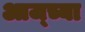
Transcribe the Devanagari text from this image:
आज्च्या